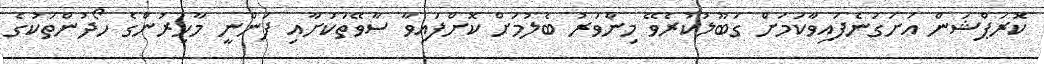
ކޮރަޕްޝަން އަށަގަނެފައިވާކަމަށް ގަބޫލުކުރެވޭ މިންވަރު ބެލުމަށް ކޮށްފައިވާ ސާވޭތަކަށާއި ފަންނީ މާހިރުންގެ ހޯދުންތަކުގެ